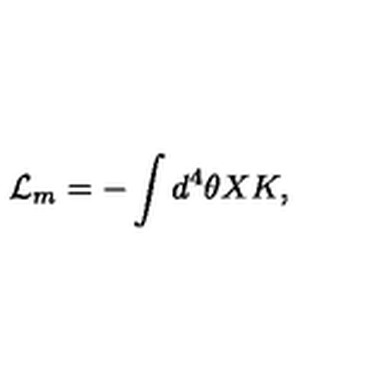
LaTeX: { \cal L } _ { m } = - \int d ^ { 4 } \theta X K ,